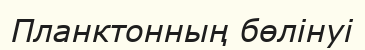
Планктонның бөлінуі